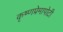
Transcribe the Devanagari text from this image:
कृष्णप्रेमापोटी